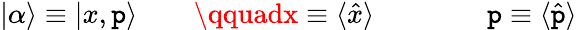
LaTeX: |\alpha\rangle\equiv|x,\mathtt{p}\rangle\qquad\qquadx\equiv\langle{\hat{{x}}}\rangle\qquad\qquad\mathtt{p}\equiv\langle{\hat{{\mathtt{p}}}}\rangle